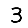
Digit: 3